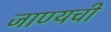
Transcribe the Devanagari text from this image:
जाण्यची